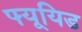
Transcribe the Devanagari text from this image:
फ्यूयिड